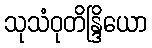
သုသံဝုတိန္ဒြိယော